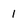
Character: 1